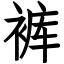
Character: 裤